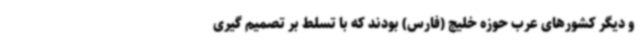
و دیگر کشورهای عرب حوزه خلیج (فارس) بودند که با تسلط بر تصمیم گیری